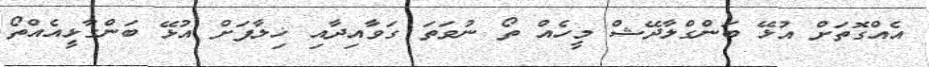
އެއްގޮތަށް އުޅޭ ބަންގްލާދޭޝް މީހެއް ތޯ ނުވަތަ ގަވާއިދާއި ޚިލާފަށް އުޅޭ ބަންގާޅީއެއްތޯ